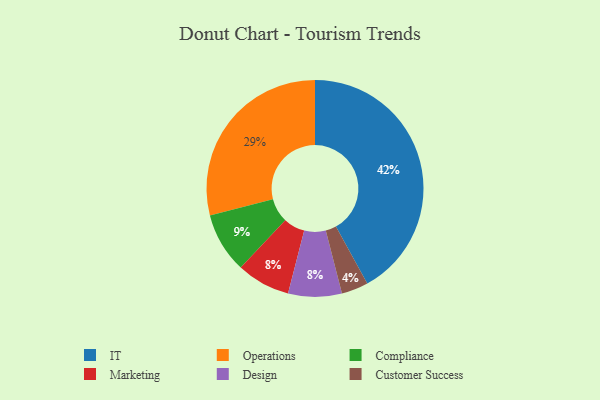
{"axis": {"x": "Category", "y": "Percentage"}, "legend": ["Compliance", "Customer Success", "Design", "IT", "Marketing", "Operations"], "data": [{"x": "Operations", "y": 29, "type": "Operations"}, {"x": "IT", "y": 42, "type": "IT"}, {"x": "Marketing", "y": 8, "type": "Marketing"}, {"x": "Customer Success", "y": 4, "type": "Customer Success"}, {"x": "Design", "y": 8, "type": "Design"}, {"x": "Compliance", "y": 9, "type": "Compliance"}]}